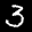
Label: 3